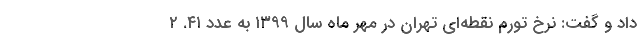
داد و گفت: نرخ تورم نقطه‌ای تهران در مهر ماه سال ۱۳۹۹ به عدد ۴۱. ۲